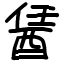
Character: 䣸